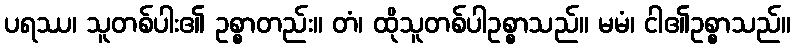
ပရဿ၊ သူတစ်ပါး၏ ဥစ္စာတည်း။ တံ၊ ထိုသူတစ်ပါဥစ္စာသည်။ မမံ၊ ငါ၏ဥစ္စာသည်။